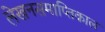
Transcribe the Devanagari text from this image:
लेखनसमाप्तिकाल